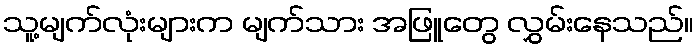
သူ့မျက်လုံးများက မျက်သား အဖြူတွေ လွှမ်းနေသည်။